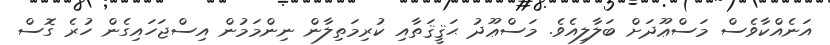
އަނެއްކާވެސް މަސްޢޫދަށް ބަލާލިއެވެ. މަސްޢޫދު ޙަޤީޤަތާއި ކުރިމަތިލާން ނިންމަމުން އިސްޖަހައިގެން ހުރެ ގޮސް